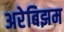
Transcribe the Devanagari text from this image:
अरेबिझम